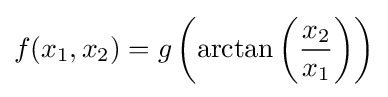
f(x_{1},x_{2})=g\left(\arctan \left({\frac {x_{2}}{x_{1}}}\right)\right)